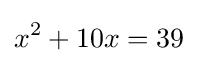
x^{2}+10x=39